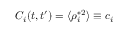
C _ { i } ( t , t ^ { \prime } ) = \langle \rho _ { i } ^ { * 2 } \rangle \equiv c _ { i }